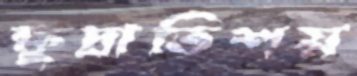
ক্ষুদ্রাতিশয়